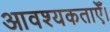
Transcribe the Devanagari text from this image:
आवश्यकताएँ।